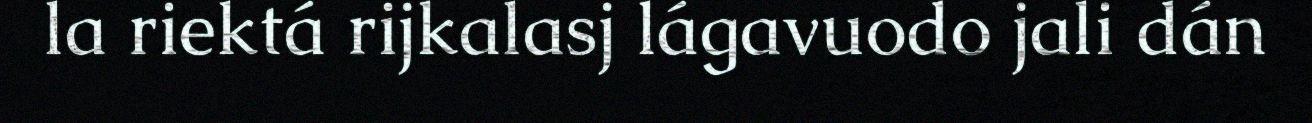
la riektá rijkalasj lágavuodo jali dán